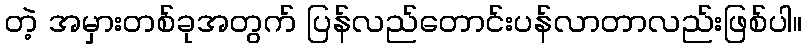
တဲ့ အမှားတစ်ခုအတွက် ပြန်လည်တောင်းပန်လာတာလည်းဖြစ်ပါ။